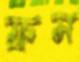
ফ্রম